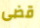
قضى